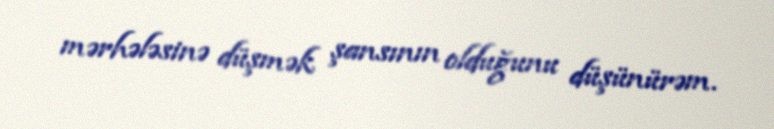
mərhələsinə düşmək şansının olduğunu düşünürəm.